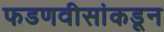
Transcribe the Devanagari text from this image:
फडणवीसांकडून